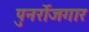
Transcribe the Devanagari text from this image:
पुनर्रोजगार